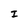
Character: I